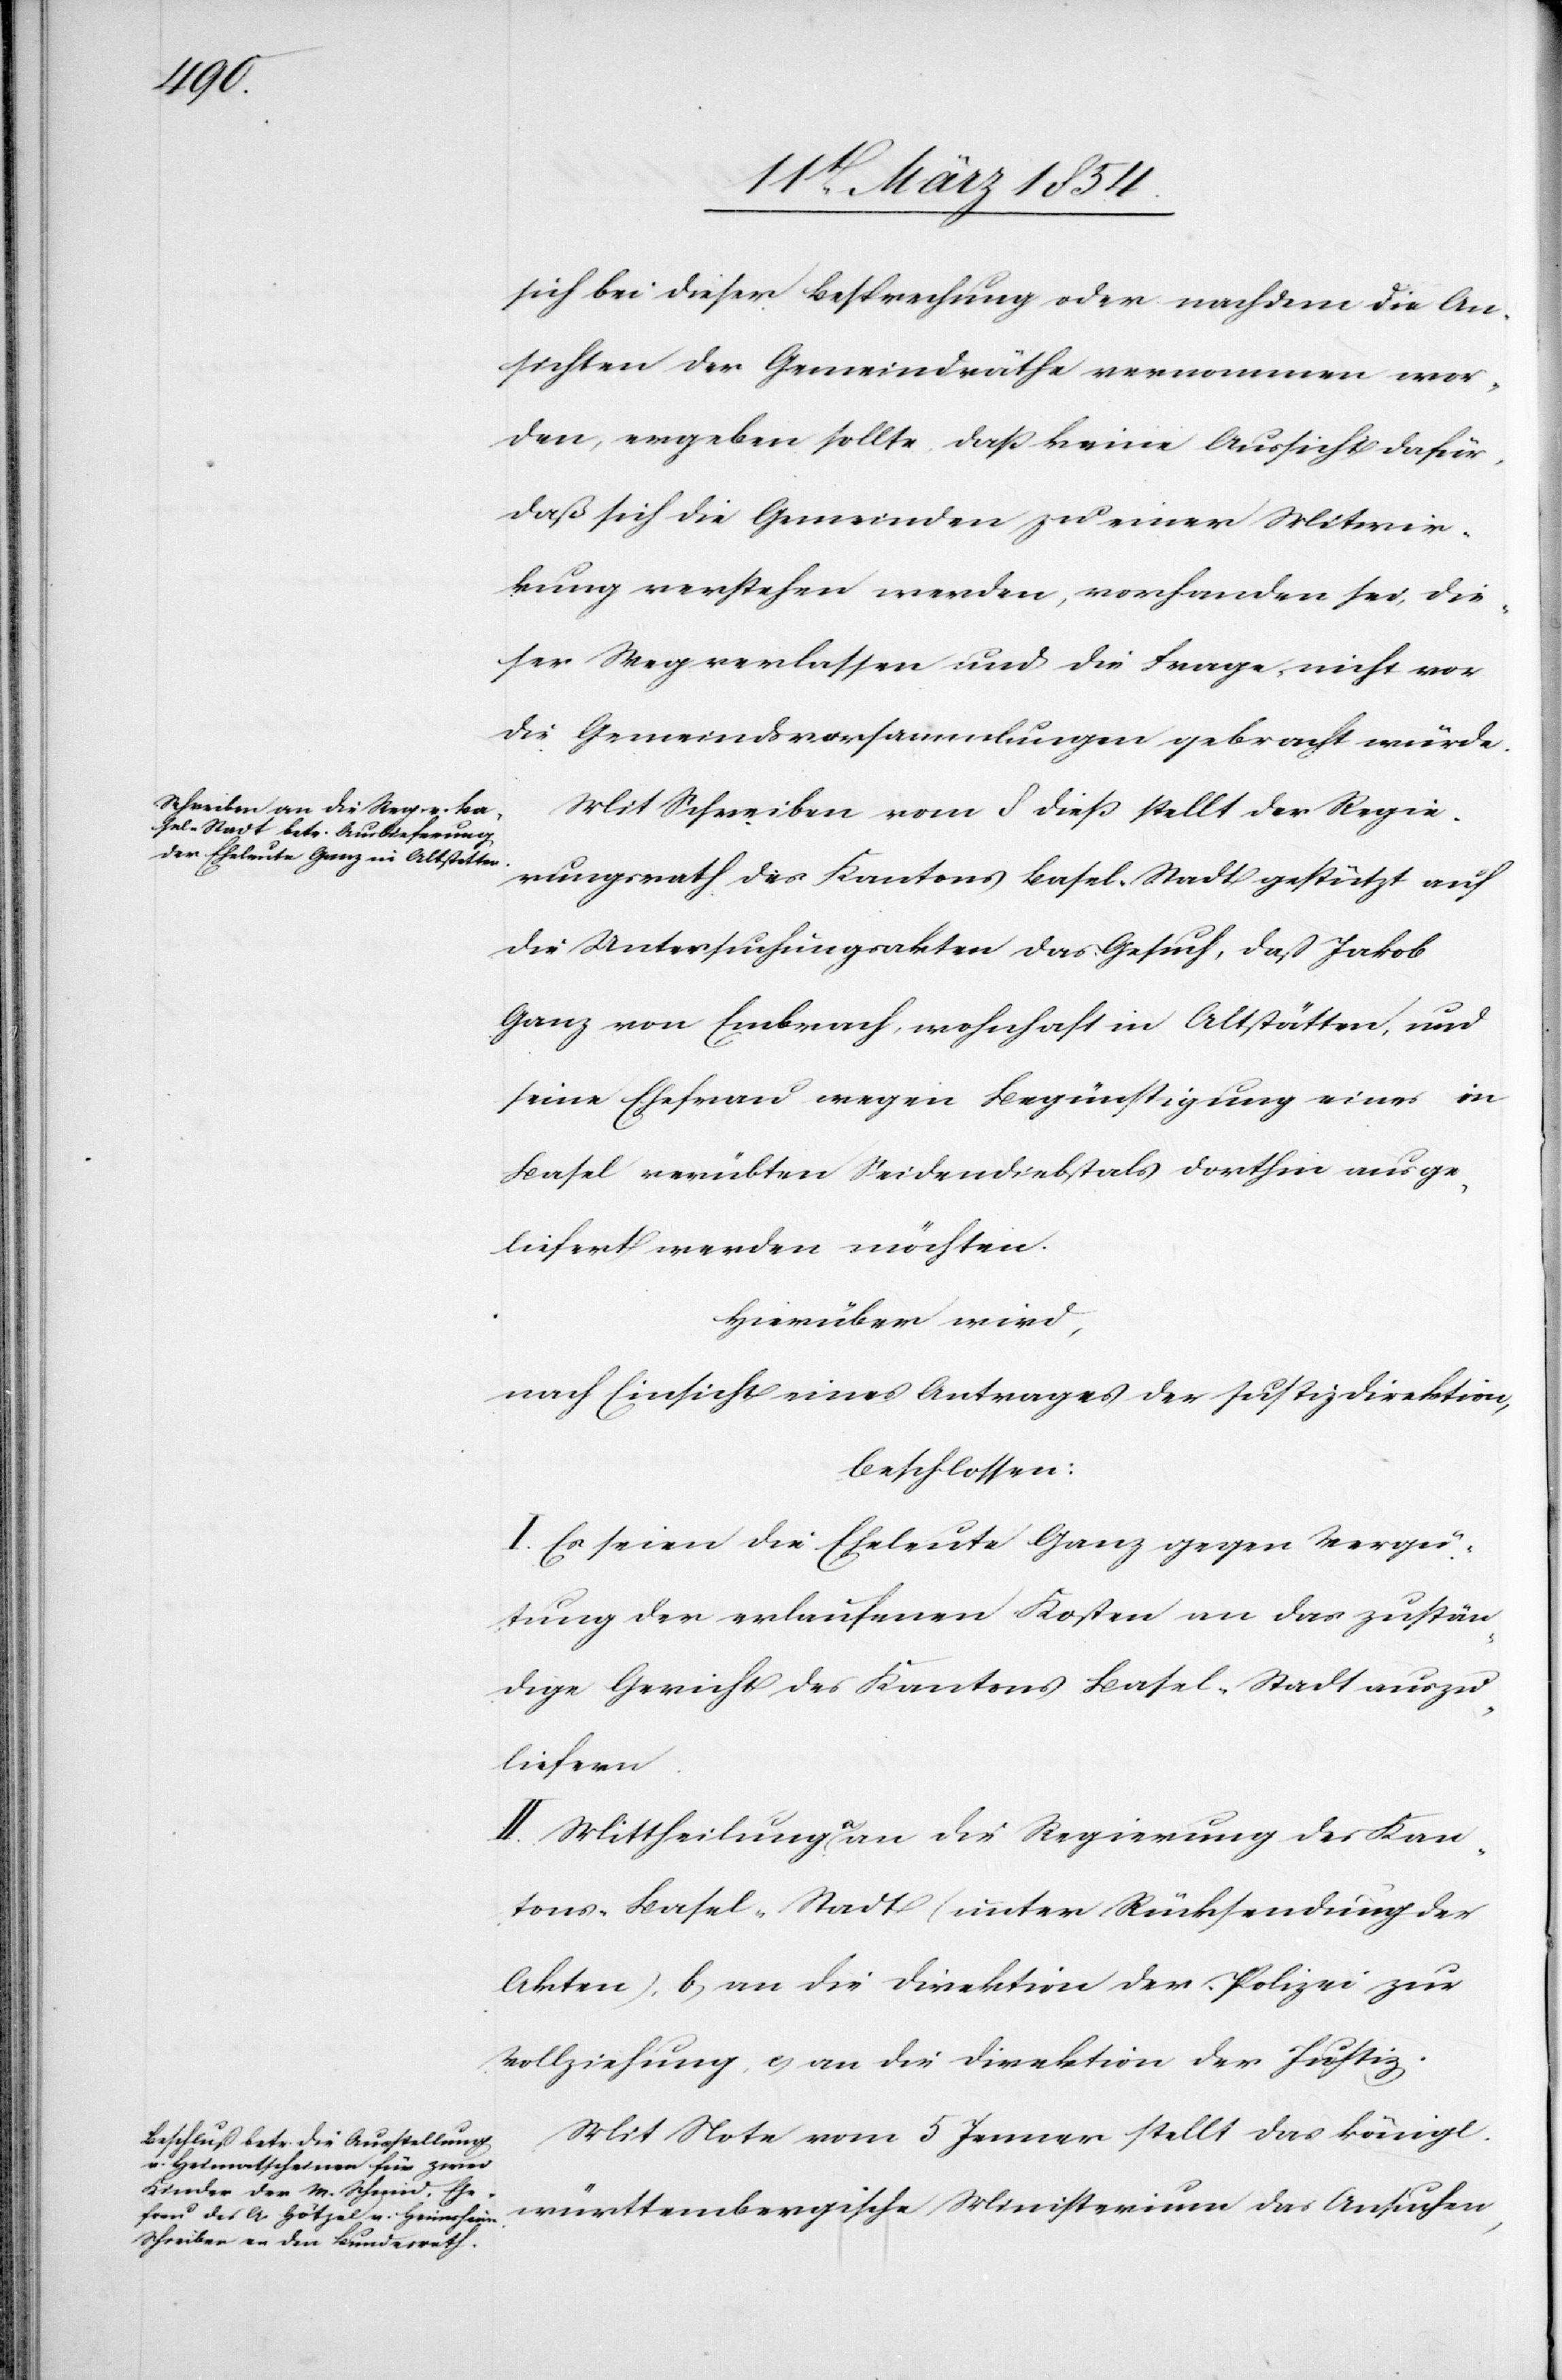
sich bei dieser Besprechung oder nachdem die An¬
sichten der Gemeindräthe vernommen wor¬
den, ergeben sollte, daß keine Aussicht dafür,
daß sich die Gemeinden zu einer Mitwir¬
kung verstehen werden, vorhanden sei, die¬
ser Weg verlassen und die Frage nicht vor
die Gemeindsversammlungen gebracht würde.
Mit Schreiben vom 8 dieß stellt der Regie¬
rungsrath des Kantons Basel-Stadt gestützt auf
die Untersuchungsakten das Gesuch, daß Jakob
Ganz von Embrach, wohnhaft in Altstätten, und
seine Ehefrau wegen Begünstigung eines in
Basel verübten Seidendiebstals dorthin ausge¬
liefert werden möchten.
Hierüber wird,
nach Einsicht eines Antrages der Justizdirektion,
beschlossen:
I. Es seien die Eheleute Ganz gegen Vergü¬
tung der erlaufenen Kosten an das zustän¬
dige Gericht des Kantons Basel-Stadt auszu¬
liefern.
II. Mittheilung a-a)-a an die Regierung des Kan¬
tons Basel-Stadt (unter Rücksendung der
Akten), b) an die Direktion der Polizei zur
Vollziehung, c) an die Direktion der Justiz.
Mit Note vom 5 Jenner stellt das königl.
württembergische Ministerium das Ansuchen,